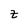
Character: z